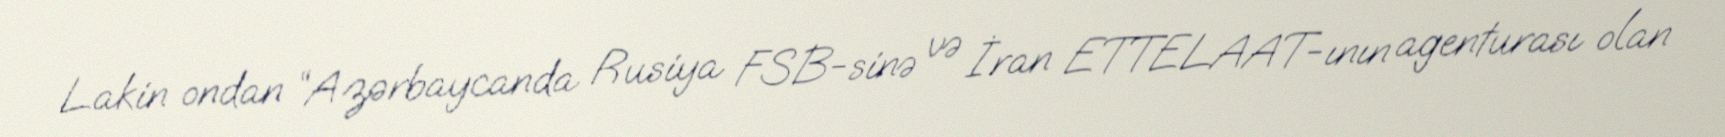
Lakin ondan “Azərbaycanda Rusiya FSB-sinə və İran ETTELAAT-ının agenturası olan